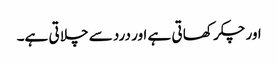
اور چکر کھا تی ہے اور درد سے چلا تی ہے۔